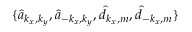
\{ \hat { a } _ { k _ { x } , k _ { y } } , \hat { a } _ { - k _ { x } , k _ { y } } , \hat { d } _ { k _ { x } , m } , \hat { d } _ { - k _ { x } , m } \}